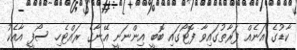
ކާޑުގެ އަނެއް ފަރާތުގައިވާ ފޮޓޯގައި ބޮބީ އިންނަނީ އޭނާގެ ރައްޓެހި ސޯފީ އާއެކު